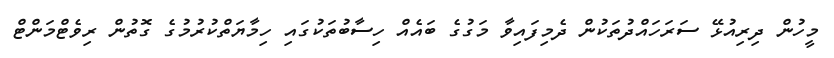
މީހުން ދިރިއުޅޭ ސަރަހައްދުތަކުން ދެމިފައިވާ މަގުގެ ބައެއް ހިސާބުތަކުގައި ހިމާޔަތްކުރުމުގެ ގޮތުން ރިވެޓްމަންޓް